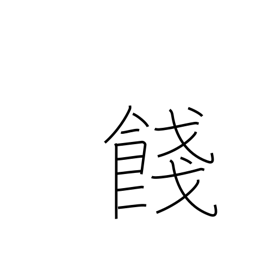
Meaning: farewell gift